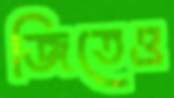
জিতেও